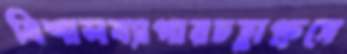
বিশালব্যাপারচহ্লাপ্রুসে